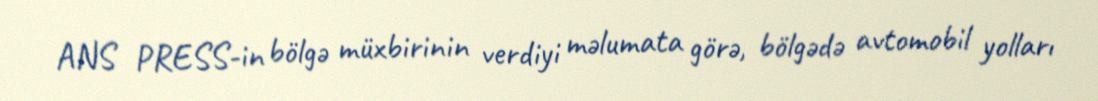
ANS PRESS-in bölgə müxbirinin verdiyi məlumata görə, bölgədə avtomobil yolları